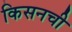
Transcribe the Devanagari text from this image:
किसनची